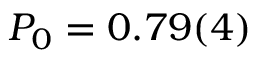
P _ { 0 } = 0 . 7 9 ( 4 )